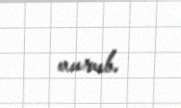
vurub.